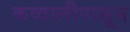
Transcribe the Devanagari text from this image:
कव्वालीपासून